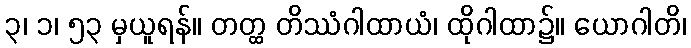
၃၊ ၁၊ ၅၃ မှယူရန်။ တတ္ထ တိဿံဂါထာယံ၊ ထိုဂါထာ၌။ ယောဂါတိ၊